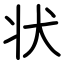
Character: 状